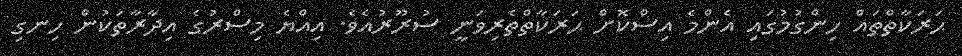
ޙަރަކާތްތައް ހިންގުމުގައި އެންމެ އިސްކޮށް ޙަރަކާތްތެރިވަނީ ސުރޫރުއެވެ. އިއްޔެ މިސްރުގެ އިދާރާތަކުން ހިނގި